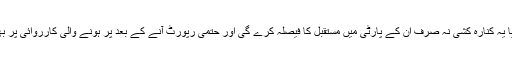
گویا یہ کنارہ کشی نہ صرف ان کے پارٹی میں مستقبل کا فیصلہ کرے گی اور حتمی رپورٹ آنے کے بعد پر ہونے والی کارروائی پر بھی۔